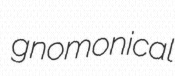
gnomonical